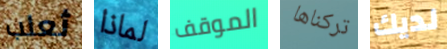
ثعلب لماذا الموقف تركناها لديك